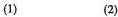
(1) (2)